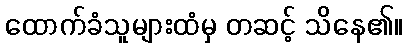
ထောက်ခံသူများထံမှ တဆင့် သိနေ၏။